Indian journal of veterinary science and animal husbandry - Volumes 15-17, 1948-1951
Year: 1948
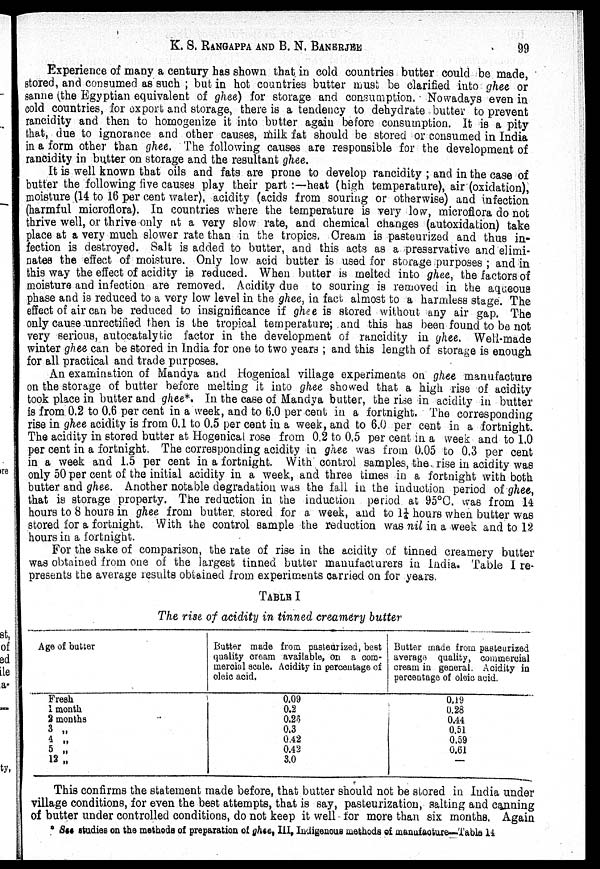
K. S. RANGAPPA AND B. N.
BANERJEE
99
Experience of many a century has shown that in cold countries butter could be made,
stored, and consumed as such ; but in hot countries butter must be clarified into ghee or
sanne (the Egyptian equivalent of ghee) for storage and consumption. Nowadays even in
cold countries, for export and storage, there is a tendency to dehydrate butter to prevent
rancidity and then to homogenize it into butter again before consumption. It is a pity
that, due to ignorance and other causes, milk fat should be stored or consumed in India
in a form other than ghee. The following causes are responsible for the development of
rancidity in butter on storage and the resultant ghee.
It is well known that oils and fats are prone to develop rancidity ; and in the case of
butter the following five causes play their part :—heat (high temperature), air (oxidation),
moisture (14 to 16 per cent water), acidity (acids from souring or otherwise) and infection
(harmful microflora). In countries where the temperature is very low, microflora do not
thrive well, or thrive only at a very slow rate, and chemical changes (autoxidation) take
place at a very much slower rate than in the tropics. Cream is pasteurized and thus in-
fection is destroyed. Salt is added to butter, and this acts as a preservative and elimi-
nates the effect of moisture. Only low acid butter is used for storage purposes ; and in
this way the effect of acidity is reduced. When butter is melted into ghee, the factors of
moisture and infection are removed. Acidity due to souring is removed in the aqueous
phase and is reduced to a very low level in the ghee, in fact almost to a harmless stage. The
effect of air can be reduced to insignificance if ghee is stored without any air gap. The
only cause .unrectified then is the tropical temperature; and this has been found to be not
very serious, autocatalytic factor in the development of rancidity in ghee. Well-made
winter ghee can be stored in India for one to two years ; and this length of storage is enough
for all practical and trade purposes.
An examination of Mandya and Hogenical village experiments on ghee manufacture
on the storage of butter before melting it into ghee showed that a high rise of acidity
took place in butter and ghee*. In the case of Mandya butter, the rise in acidity in butter
is from 0.2 to 0.6 per cent in a week, and to 6.0 per cent in a fortnight. The corresponding
rise in ghee acidity is from 0.1 to 0.5 per cent in a week, and to 6.0 per cent in a fortnight.
The acidity in stored butter at Hogenical rose from 0.2 to 0.5 per cent in a week and to 1.0
per cent in a fortnight. The corresponding acidity in ghee was from 0.05 to 0.3 per cent
in a week and 1.5 per cent in a fortnight. With control samples, the rise in acidity was
only 50 per cent of the initial acidity in a week, and three times in a fortnight with both
butter and ghee. Another notable degradation was the fall in the induction period of ghee,
that is storage property. The reduction in the induction period at 95°C. was from 14
hours to 8 hours in ghee from butter stored for a week, and to 1¼ hours when butter was
stored for a fortnight. With the control sample the reduction was nil in a week and to 12
hours in a fortnight.
For the sake of comparison, the rate of rise in the acidity of tinned creamery butter
was obtained from one of the largest tinned butter manufacturers in India. Table I re-
presents the average results obtained from experiments carried on for years.
TABLE I
The rise of acidity in tinned creamery butter
Age of batter
Fresh
1 month
2 months
3 „
4 „
5 „
12 „
Butter made from pasteurized, beet
quality cream available, on a com-
mercial acale. Acidity in percentage of
oleic acid.
0.09
0.2
0.26
0.3
0.42
0.42
3.0
Butter made from pasteurized
average quality, commercial
cream in general. Acidity in
percentage of oleic acid.
0.19
0.28
0.44
0.51
0.59
0.61
—
This confirms the statement made before, that butter should not be stored in India under
village conditions, for even the best attempts, that is say, pasteurization, salting and canning
of butter under controlled conditions, do not keep it well for more than six months. Again
*See studies on the methods of preparation of ghee, III, Indigenous methods of manufacture—Table 14